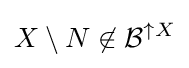
X\setminus N\not \in {\mathcal {B}}^{\uparrow X}